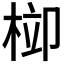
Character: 𣒂